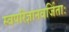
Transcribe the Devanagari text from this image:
स्वपरिज्ञानवर्जिताः